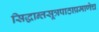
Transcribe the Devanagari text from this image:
सिद्धान्तसूत्रपाठाप्रमाणेच